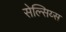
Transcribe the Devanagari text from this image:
सेल्सिय्स